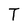
Character: T